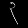
Digit: ၃